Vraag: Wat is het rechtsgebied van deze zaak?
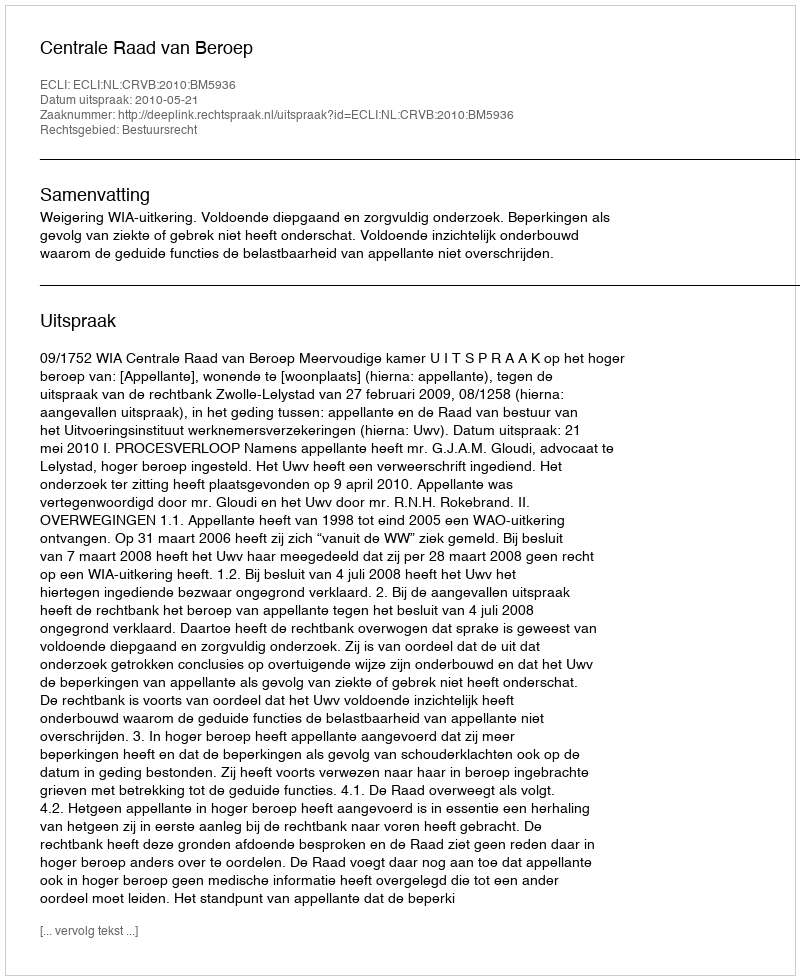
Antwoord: Bestuursrecht